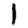
Digit: 1